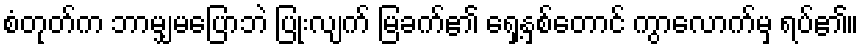
စံတုတ်က ဘာမျှမပြောဘဲ ပြုံးလျက် မြခက်၏ ရှေ့နှစ်တောင် ကွာလောက်မှ ရပ်၏။